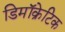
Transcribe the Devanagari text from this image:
डिमॉक्रेटिक